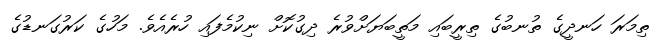
ތިމަރަ ހަނދީގެ ތުނބުގެ ތިރީބައި މަތީބަޔަށްވުރެ ދިގުކޮށް ނިކުމެފައި ހުރެއެވެ. މަހުގެ ކަރުގަނޑުގެ